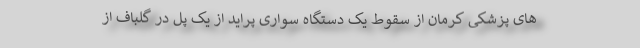
های پزشکی کرمان از سقوط یک دستگاه سواری پراید از یک پل در گلباف از